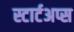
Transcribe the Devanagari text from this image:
स्टार्टअप्स